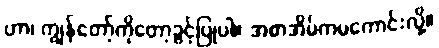
ဟာ၊ ကျွန်တော့်ကိုတော့ခွင့်ပြုပါ။ အစာအိမ်ကမကောင်းလို့။